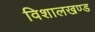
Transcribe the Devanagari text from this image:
विशालखण्ड